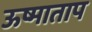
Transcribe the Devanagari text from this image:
ऊष्माताप